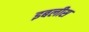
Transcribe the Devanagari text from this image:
इबलीस